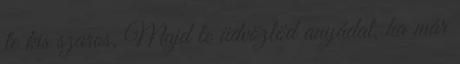
te kis szaros. Majd te üdvözlöd anyádat, ha már